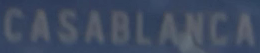
CASABLANCA